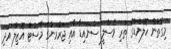
މިގޮތުން ހޮލެންޑްގެ ތަރި ވެސްލީ ސްނައިޑާ އާއި ޖަރުމަނުގެ މެސުޓް އޮޒިލް އަދި